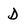
Character: D